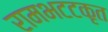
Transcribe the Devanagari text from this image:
रामभटटकृत